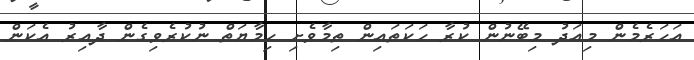
އަހަރެމެން މިއަދު މިބޭނުން ކުރާ ހަކަތައިން ތިމާވެށި ހިމާޔަތް ނުކުރެވިގެން ދާއިރު އެކަން